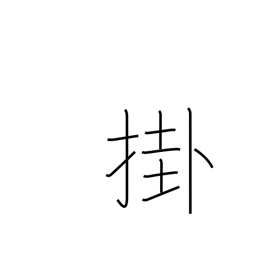
Meaning: arrive at